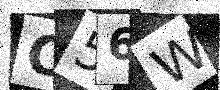
Text: C56W